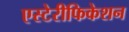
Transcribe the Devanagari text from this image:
एस्टेरीफिकेशन